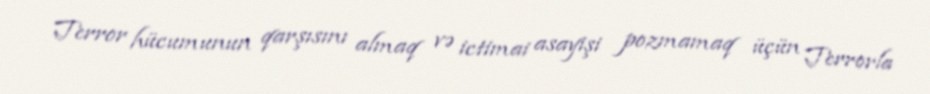
Terror hücumunun qarşısını almaq və ictimai asayişi pozmamaq üçün Terrorla